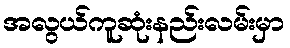
အလွယ်ကူဆုံးနည်းလမ်းမှာ